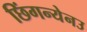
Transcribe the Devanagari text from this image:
छिंगन्येनउ